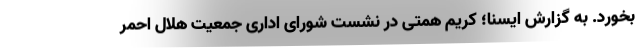
بخورد. به گزارش ایسنا؛ کریم همتی در نشست شورای اداری جمعیت هلال احمر